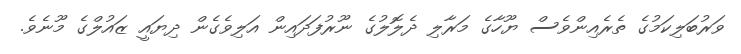
ވަރުބަލިކަމުގެ ތެރެއިންވެސް ޔޫހާގެ މަރާލި ދެލޮލުގެ ނޫރުފަދައިން އަލިވެގެން ދިޔައީ ޒައުލްގެ މޫނެވެ.